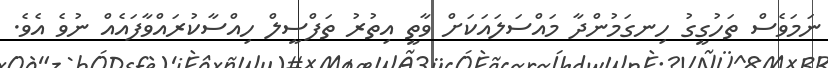
ނަމަވެސް ތަހުގީގު ހިނގަމުންދާ މައްސަލައަކަށް ވާތީ އިތުރު ތަފްސީލް ހިއްސާކުރައްވާފައެއް ނުވެ އެވެ.